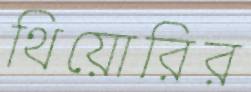
থিয়োরির